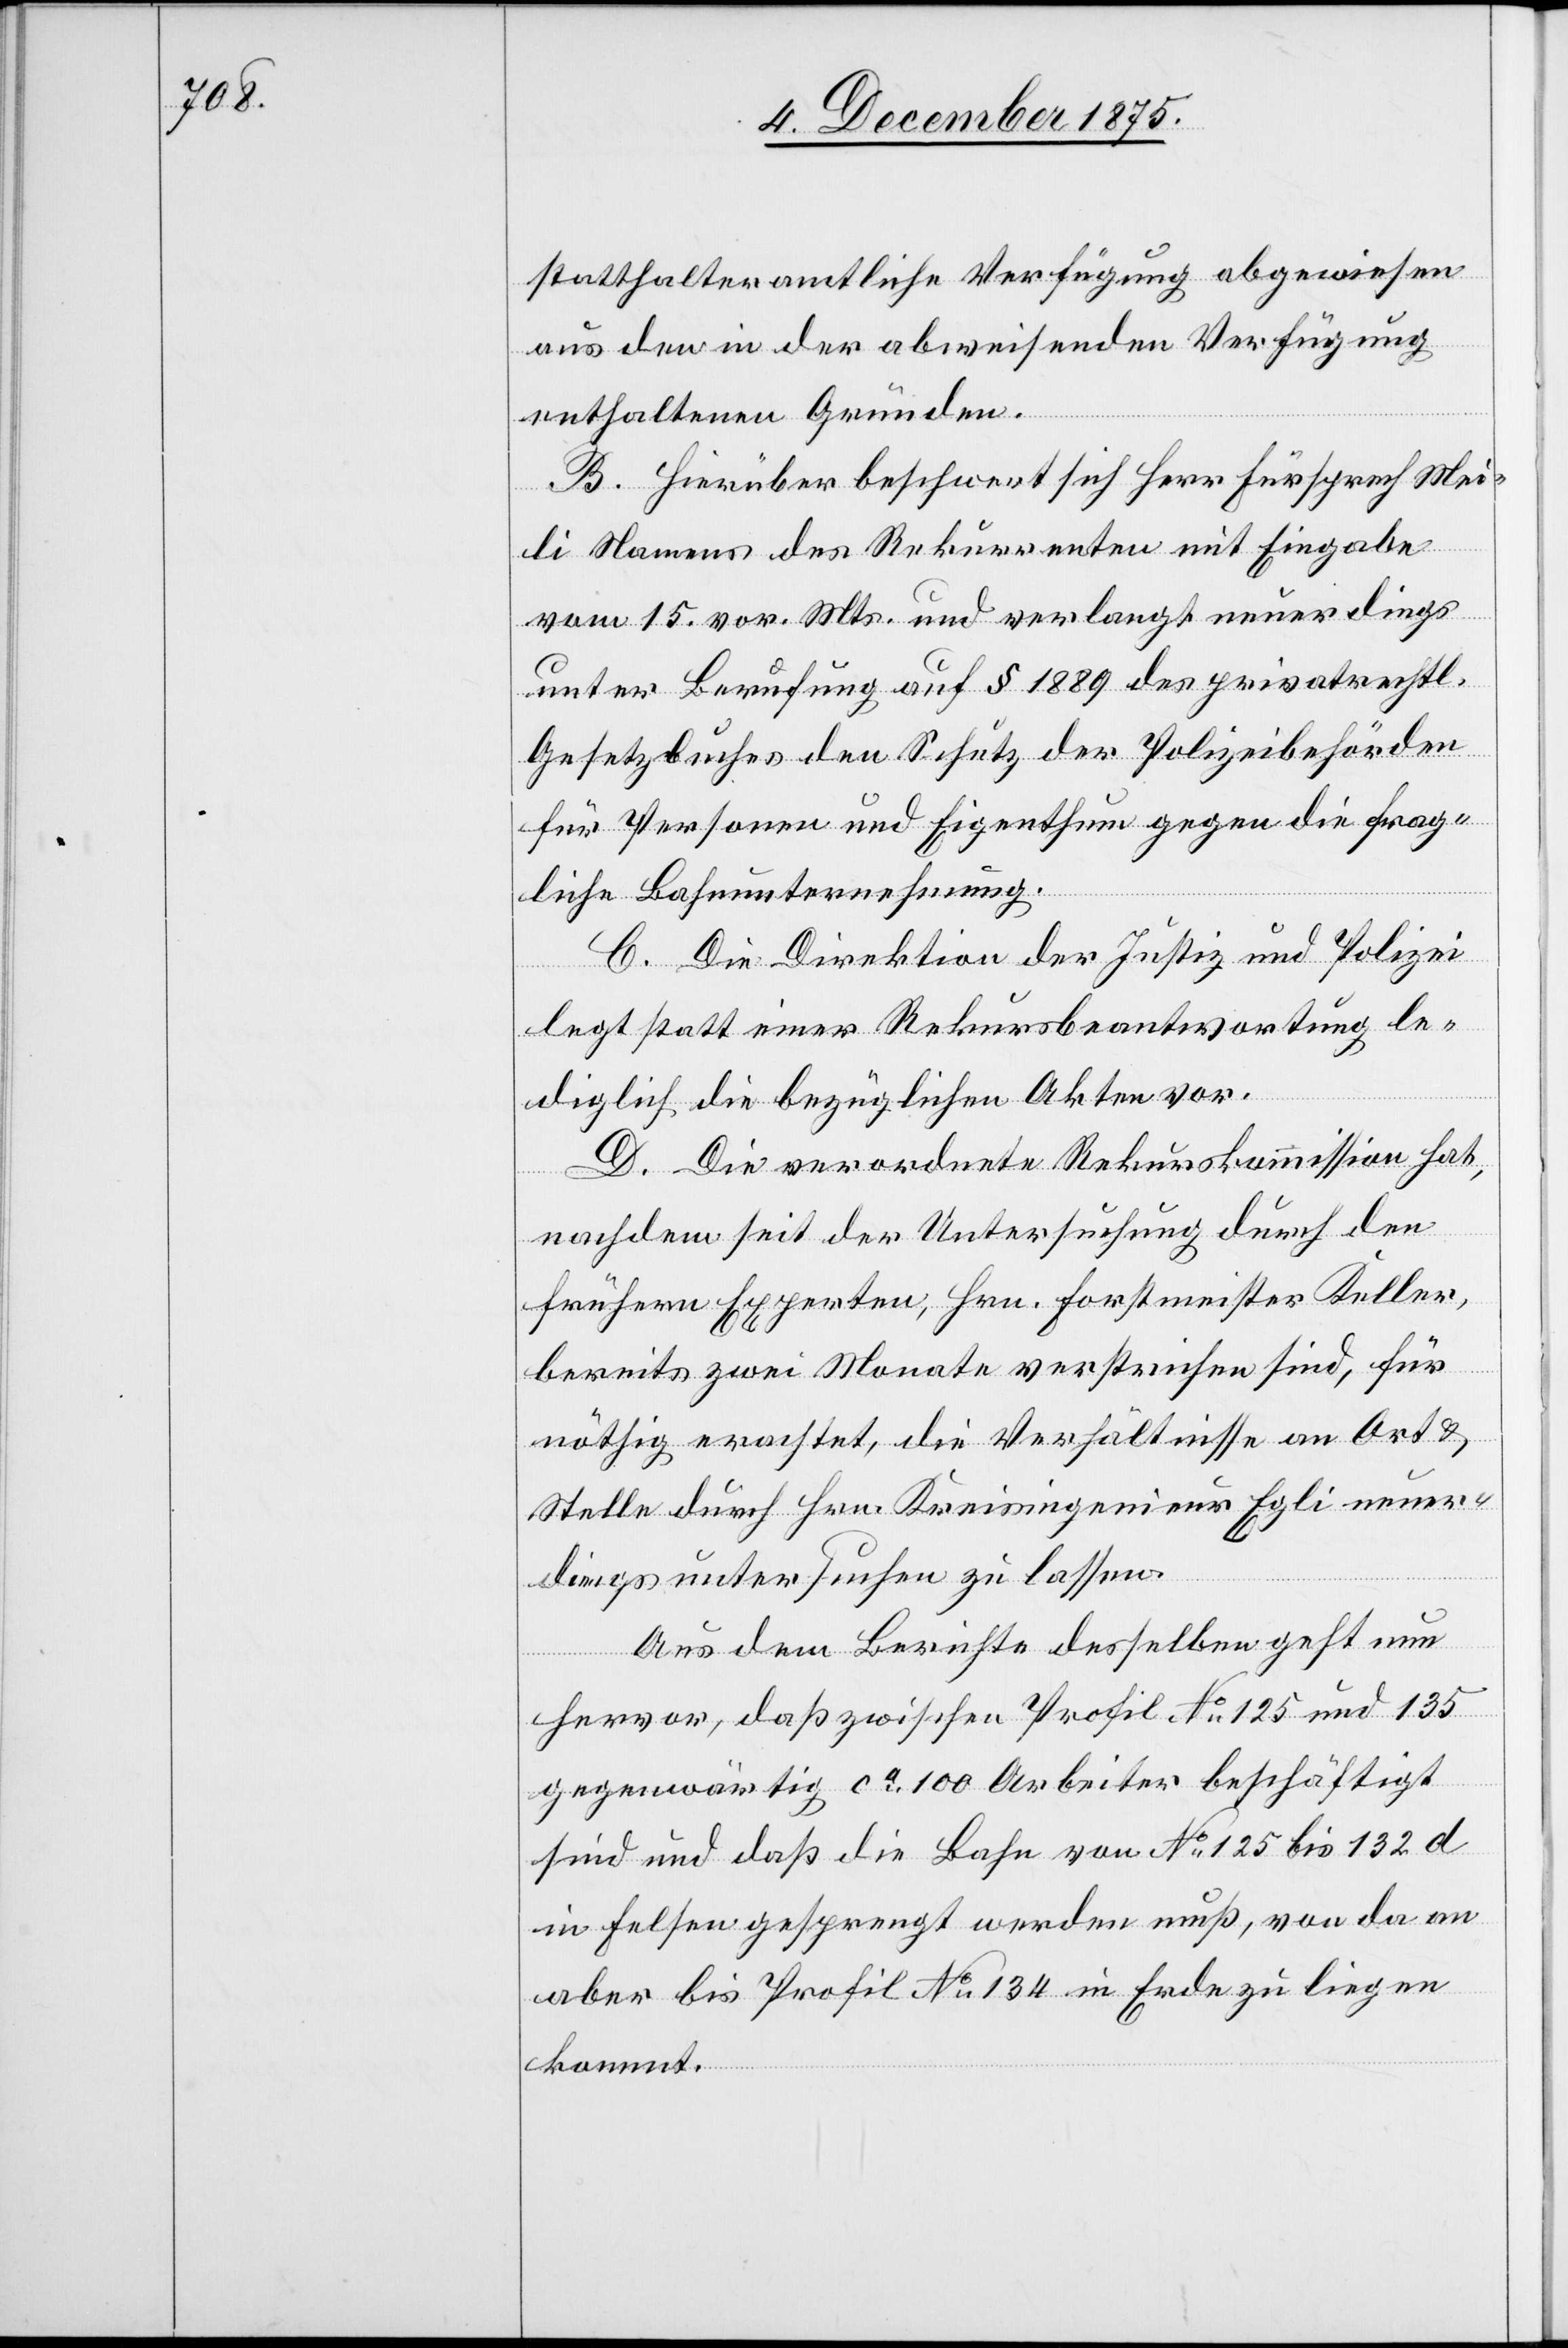
statthalteramtliche Verfügung abgewiesen
aus den in der abweisenden Verfügung
enthaltenen Gründen.
B. Hierüber beschwert sich Herr Fürsprech Mei¬
li Namens des Rekurrenten mit Eingabe
vom 15. vor. Mts und verlangt neuerdings
unter Berufung auf § 1889 des privatrechtl.
Gesetzbuches den Schutz der Polizeibehörden
für Personen und Eigenthum gegen die frag¬
liche Bahnunternehmung.
C. Die Direktion der Justiz und Polizei
legt statt einer Rekursbeantwortung le¬
diglich die bezüglichen Akten vor.
D. Die verordnete Rekurskommission hat,
nachdem seit der Untersuchung durch den
frühern Experten, Hrn. Forstmeister Keller,
bereits zwei Monate verstrichen sind, für
nöthig erachtet, die Verhältnisse an Ort &
Stelle durch Hrn. Kreisingenieur Egli neuer¬
dings untersuchen zu lassen.
Aus dem Berichte desselben geht nun
hervor, daß zwischen Profil No 125 und 135
gegenwärtig ca 100 Arbeiter beschäftigt
sind und daß die Bahn von No 125 bis 132 d
in Felsen gesprengt werden muß, von da an
aber bis Profil No 134 in Erde zu liegen
kommt.